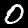
Digit: 0